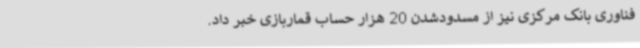
فناوری بانک مرکزی نیز از مسدودشدن 20 هزار حساب قماربازی خبر داد.